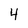
Character: 4